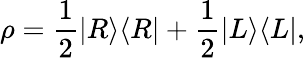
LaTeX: \rho={\frac{1}{2}}|R\rangle\langle R|+{\frac{1}{2}}|L\rangle\langle L|,